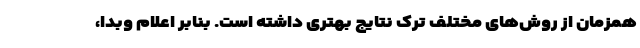
همزمان از روش‌های مختلف ترک نتایج بهتری داشته است. بنابر اعلام وبدا،